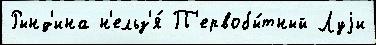
Рынд'ина н'ельз'я́ П'ервобы́тный Луjи